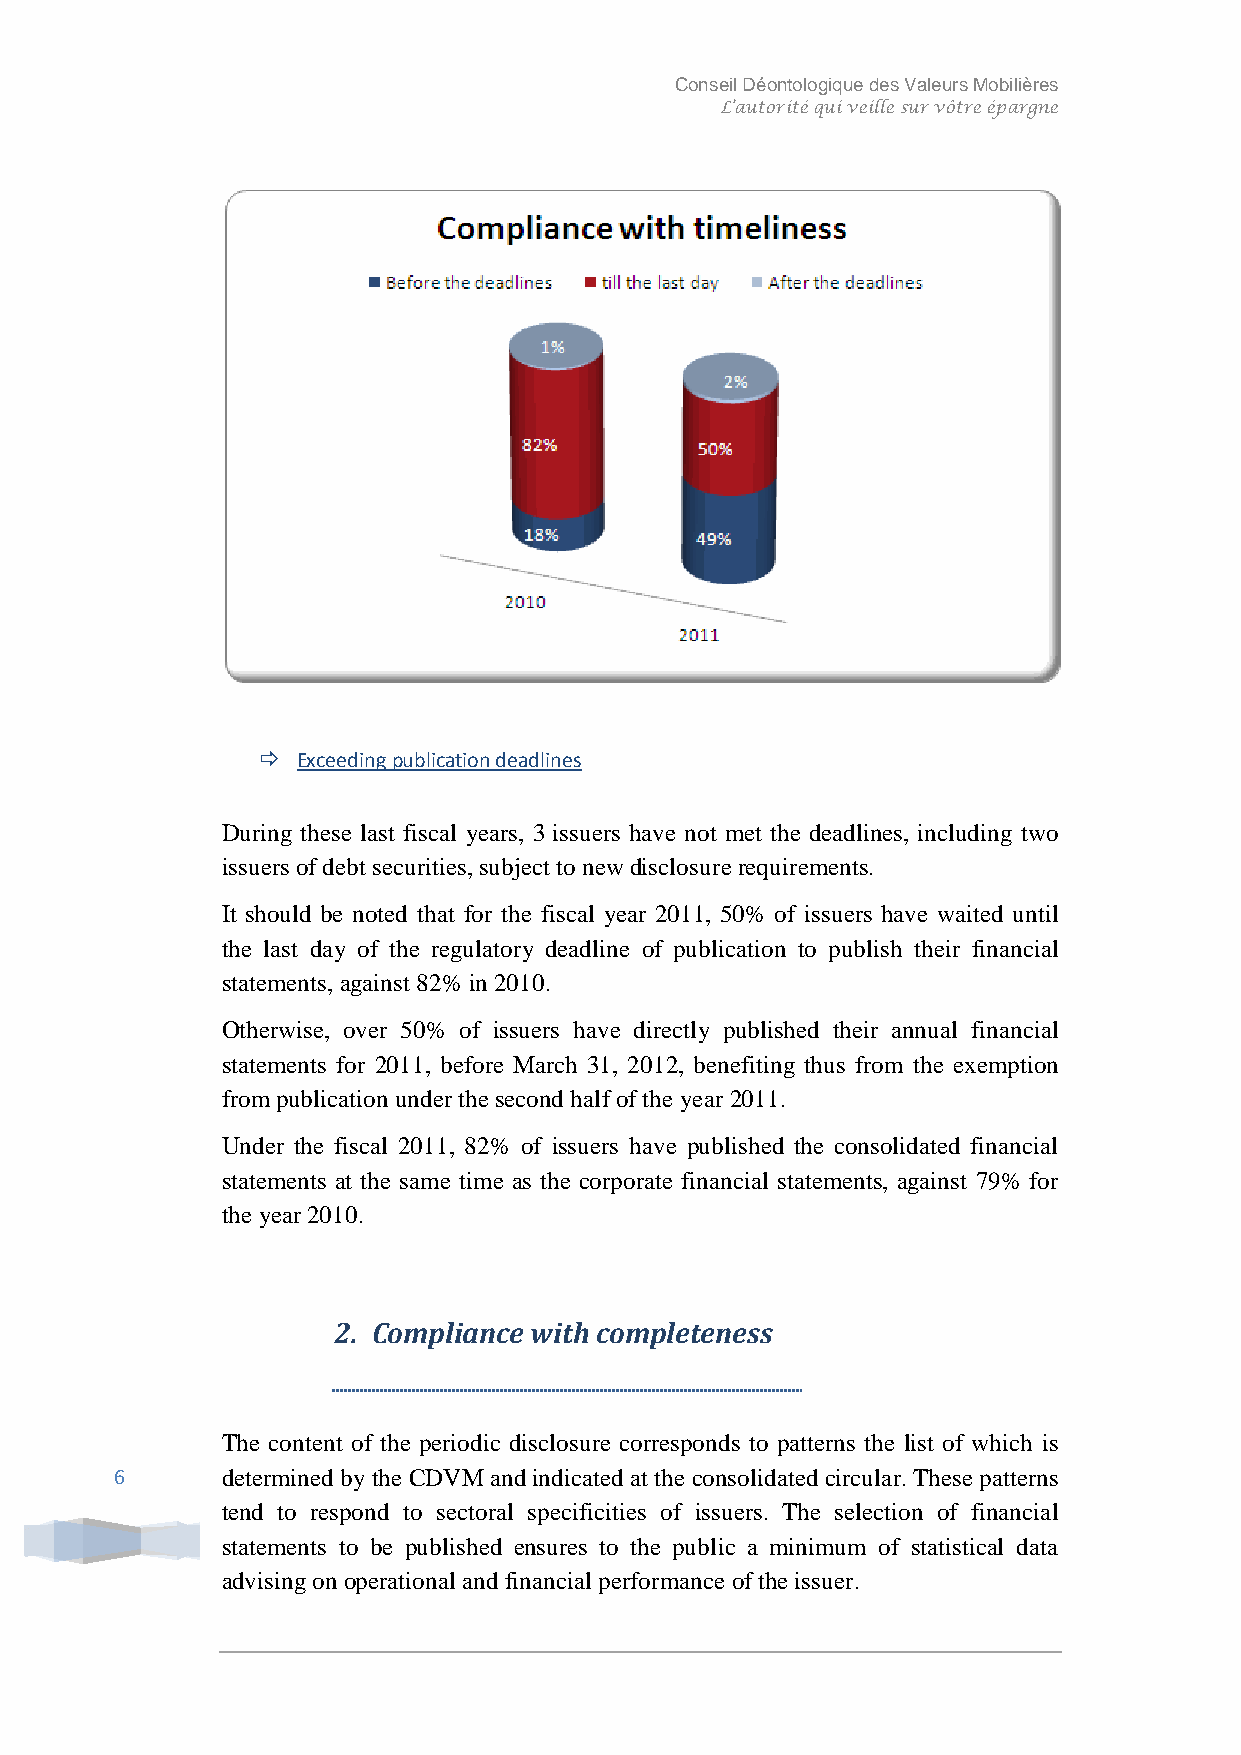
Conseil Déontologique des Valeurs Mobilières
 L’autorité qui veille sur vôtre épargne
   Exceeding publication deadlines
 During these last fiscal years, 3 issuers have not met the deadlines, including two
 issuers of debt securities, subject to new disclosure requirements.
 It should be noted that for the fiscal year 2011, 50% of issuers have waited until
 the last day of the regulatory deadline of publication to publish their financial
 statements, against 82% in 2010.
 Otherwise, over 50% of issuers have directly published their annual financial
 statements for 2011, before March 31, 2012, benefiting thus from the exemption
 from publication under the second half of the year 2011.
 Under the fiscal 2011, 82% of issuers have published the consolidated financial
 statements at the same time as the corporate financial statements, against 79% for
 the year 2010.
 2. Compliance with completeness
 The content of the periodic disclosure corresponds to patterns the list of which is
 6      determined by the CDVM and indicated at the consolidated circular. These patterns
 tend to respond to sectoral specificities of issuers. The selection of financial
 statements to be published ensures to the public a minimum of statistical data
 advising on operational and financial performance of the issuer.
 Conseil Déontologique des Valeurs Mobilières | [Tapez l'adresse de la société]